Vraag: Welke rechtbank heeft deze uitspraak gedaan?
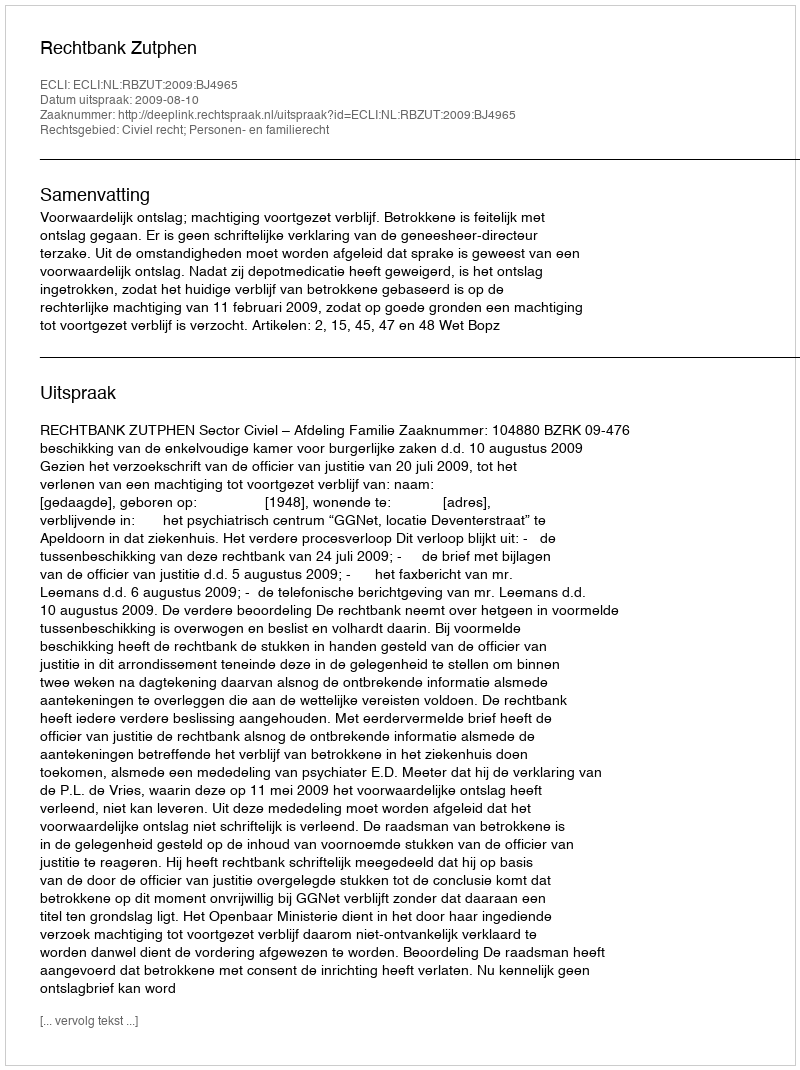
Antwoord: Rechtbank Zutphen